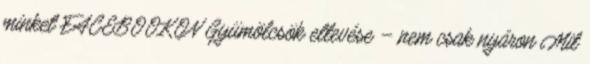
minket FACEBOOKON Gyümölcsök eltevése – nem csak nyáron Mit